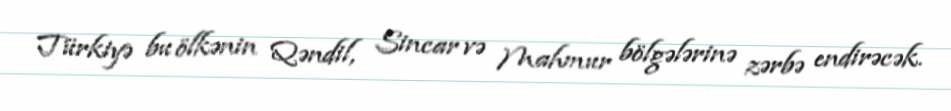
Türkiyə bu ölkənin Qəndil, Sincar və Mahmur bölgələrinə zərbə endirəcək.